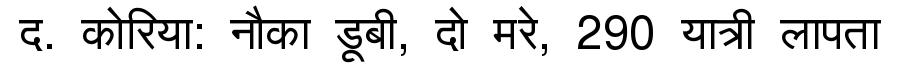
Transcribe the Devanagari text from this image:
द. कोरिया: नौका डूबी, दो मरे, 290 यात्री लापता